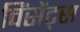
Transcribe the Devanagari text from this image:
विंसेंट्स